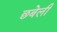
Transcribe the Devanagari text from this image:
छबेली